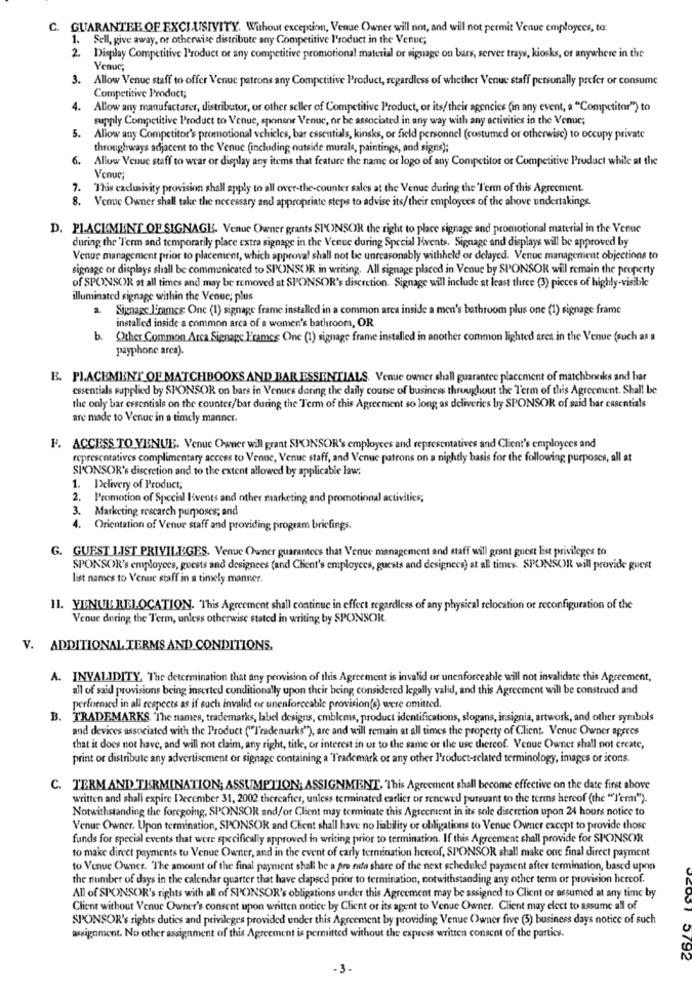
C. GUARANTEE OF EXCLUSIVITY. Without exception, Venue Owner will not, and will not permit Venue employees, to:
1. Sell, give away, or otherwise distribute any Competitive l'roduct in the Venue;
2.
Display Competitive Product or any competitive promotional material or signage on bars, server trays, kiosks, or anywhere in the
Venue;
3.
Allow Venue staff to offer Venue patrons any Competitive Product, regardless of whether Venue staff personally prefer or consume
Competitive Product;
4. Allow any manufacturer, distributor, or other seller of Competitive Product, or its/ their agencies (in any event, a "Competitor") to
supply Competitive Product to Venue, sponsor Venuc, or be associated in any way with any activities in the Venue;
5.
Allow any Competitor's promotional vehicles, bar essentials, kinsks, or field personnel (costumed or otherwise) to occupy private
throughways adjacent to the Venue (including outside murale, paintings, and signs);
6.
Allow Venue staff to wear or display any items that feature the name or logo of any Competitor or Competitive Product while at the
Venue;
7. This exclusivity provision shall apply to all over-the-counter sales at the Venue during the 'I'erm of this Agreement.
8. Venue Owner shall take the necessary and appropriate steps to advise its/their employees of the above undertakings.
D. PLACEMENT OF SIGNAGE. Venue Owner grants SPONSOR the right to place signage and promotional material in the Venue
during the 'Term and temporarily place extra signage in the Venue during Special Events. Signage and displays will be approved by
Venue management prior to placement, which approval shall not be unreasonably withheld or delayed. Venue management objections to
signage or displays shall be communicated to SPONSOR in writing. All signage placed in Venue by SPONSOR will remain the property
of SPONSOR at all times and may be removed at SPONSOR's discretion. Signage will include at least three (3) pieces of highly-visible
illuminated signage within the Venue; plus
a Signagc L'rames One (1) signage frame installed in a common arca inside a men's bathroom plus one (1) signage frame
installed inside a common arca of a women's bathroom, OR
b. Other Common Arca Signage I'rames One (1) signage frame installed in another common lighted area in the Venue (such as a
payphone arca).
E. PLACEMENT OF MATCHBOOKS AND BAR ESSENTIALS. Venue owner shall guarantee placement of matchbooks and bar
essentials supplied by SPONSOR on bars in Venues daring the daily course of business throughout the Term of this Agreement. Shall be
the only bar essentials on the counter/bar during the Term of this Agreement so long as deliveries by SPONSOR of said har essentials
are made to Venue in a timely manner.
F. ACCESS TO VENUE. Venue Owner will grant SPONSOR's employees and representatives and Client's employees and
representatives complimentary access to Venue, Venue staff, and Venue patrons on a nightly basis for the following purposes, all at
SPONSOR's discretion and to the extent allowed by applicable law:
1. I)clivery of Product;
2. Promotion of Special livents and other marketing and promotional activities;
3. Marketing rescarch purposes; and
4. Orientation of Venue staff and providing program briefings.
G. GUEST 1.IST PRIVILEGES. Venue Owner guarantees that Venue management and staff will grant guest list privileges to
SPONSOR's employees, guests and designees (and Client's employees, guests and designecs) at all times. SPONSOR will provide guest
list names to Venue staff in a timely manner.
11. YENUE RELOCATION. This Agreement shall continue in effect regardless of any physical relocation or reconfiguration of the
Venue dering the Term, unless otherwise stated in writing by SPONSOR.
V. ADDITIONAL TERMS AND CONDITIONS.
A. INVALIDITY, The determination that any provision of this Agreement is invalid or unenforceable will not invalidate this Agreement,
all of said provisions being inserted conditionally upon their being considered legally valid, and this Agreement will be construed and
performed in all respects as if such invalid or unenforceable provision(s) were omitted.
B. TRADEMARKS "The names, trademarks, label designs, emblems, product identifications, slogans, insignia, artwork, and other symbols
and devices associated with the Product ("Trademarks"), are and will remain at all times the property of Client. Venue Owner aprees
that it does not have, and will not claim, any right, title, or interest in or to the same or the use thereof. Venue Owner shall not create,
print or distribute any advertisement or signage containing a Trademark or any other Product-related terminology, images or icons.
C. TERM AND TERMINATION; ASSUMPTION; ASSIGNMENT. This Agreement shall become effective on the date first above
written and shall expire December 31, 2002 thereafter, unless terminated earlier or renewed pursuant to the terms hereof (the "l'erm").
Notwithstanding the foregoing, SPONSOR and/or Client may terminate this Agreement in its sole discretion upon 24 hours notice to
Venue Owner. Upon termination, SPONSOR and Client shall have no liability or obligations to Venue Owner except to provide those
funds for special events that were specifically approved in writing prior to termination. If this Agreement shall provide for SPONSOR
to make direct payments to Venue Owner, and in the event of early termination hereof, SPONSOR shall make one final direct payment
to Venue Owner. The amount of the final payment shall be a pro rata share of the next scheduled payment after termination, based upon
the number of days in the calendar quarter that have elapsed prior to termination, notwithstanding any other term or provision hercof.
All of SPONSOR's rights with all of SPONSOR's obligations under this Agreement may be assigned to Client or assumed at any time by
Client without Venue Owner's consent upon written notice by Client or its agent to Venue Owner. Client may elect to assume all of
SPONSOR's rights duties and privileges provided under this Agreement by providing Venue Owner five (5) business days notice of such
assignment. No other assignment of this Agreement is permitted without the express written consent of the partics.
10792
-3.